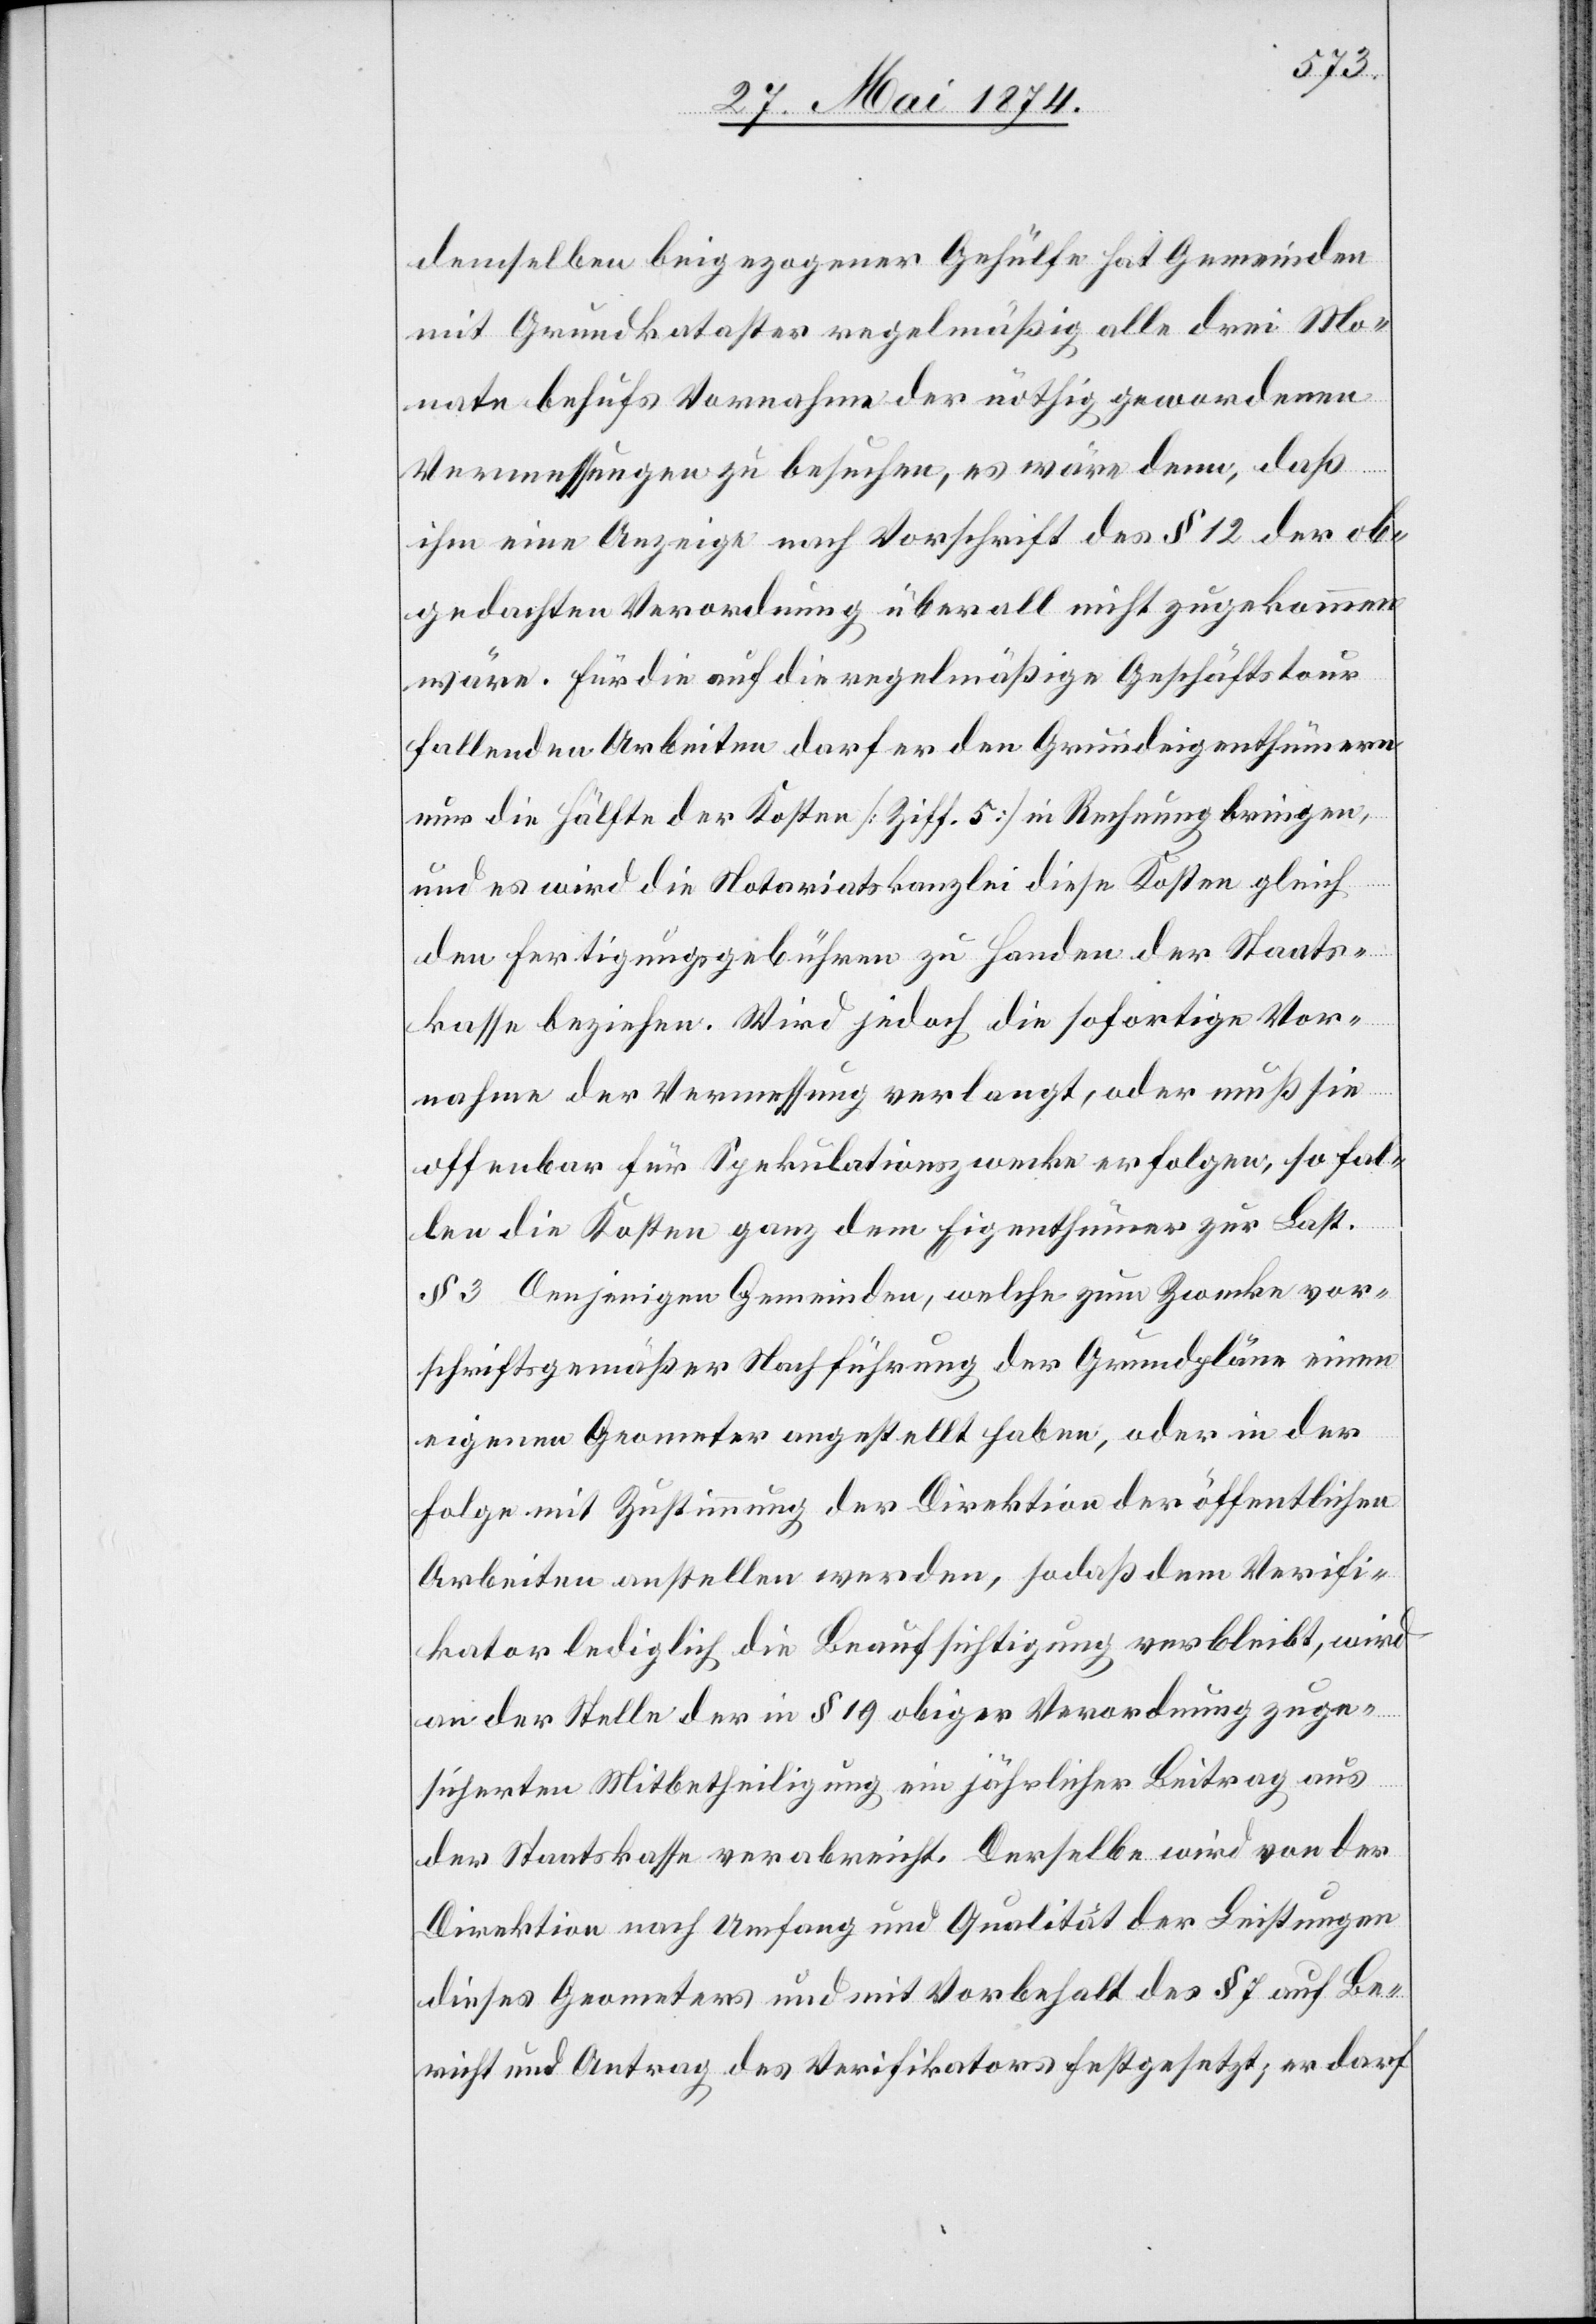
demselben beigezogener Gehülfe hat Gemeinden
mit Grundkataster regelmäßig alle drei Mo¬
nate behufs Vornahme der nöthig gewordenen
Vermessungen zu besuchen, es wäre denn, daß
ihm eine Anzeige nach Vorschrift des § 12 der ob¬
gedachten Verordnung überall nicht zugekommen
wäre. Für die auf die regelmäßige Geschäftstour
fallenden Arbeiten darf er den Grundeigenthümern
nur die Hälfte der Kosten [Ziff. 5] in Rechnung bringen,
und es wird die Notariatskanzlei diese Kosten gleich
den Fertigungsgebühren zu Handen der Staats¬
kasse beziehen. Wird jedoch die sofortige Vor¬
nahme der Vermessung verlangt, oder muß sie
offenbar für Spekulationszwecke erfolgen, so fal¬
len die Kosten ganz dem Eigenthümer zur Last.
§ 3 Denjenigen Gemeinden, welche zum Zwecke vor¬
schriftsgemäßer Nachführung der Grundpläne einen
eigenen Geometer angestellt haben, oder in der
Folge mit Zustimmung der Direktion der öffentlichen
Arbeiten anstellen werden, sodaß dem Verifi¬
kator lediglich die Beaufsichtigung verbleibt, wird
an der Stelle der in § 19 obiger Verordnung zuge¬
sicherten Mitbetheiligung ein jährlicher Beitrag aus
der Staatskasse verabreicht. Derselbe wird von der
Direktion nach Umfang und Qualität der Leistungen
dieses Geometers und mit Vorbehalt des § 7 auf Be¬
richt und Antrag des Verifikators festgesetzt; er darf